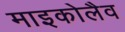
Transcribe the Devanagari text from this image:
माइकोलैव